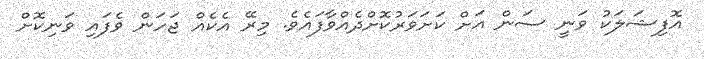
އޮފިޝަލަކު ވަނީ ސަން އަށް ކަށަވަރުކޮށްދެއްވާފައެވެ. މިރޭ އެކެއް ޖަހަން ވެފައި ވަނިކޮށް